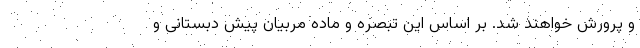
و پرورش خواهند شد. بر اساس این تبصره و ماده مربیان پیش دبستانی و